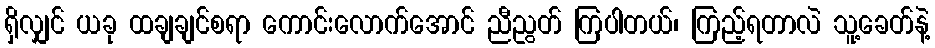
ရှိလျှင် ယခု ထချချင်စရာ ကောင်းလောက်အောင် ညီညွတ် ကြပါတယ်၊ ကြည့်ရတာလဲ သူ့ခေတ်နဲ့